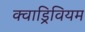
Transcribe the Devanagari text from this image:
क्वाड्रिवियम